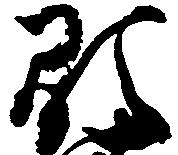
顕